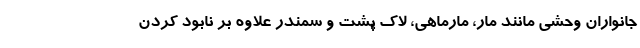
جانواران وحشی مانند مار، مارماهی، لاک پشت و سمندر علاوه بر نابود کردن